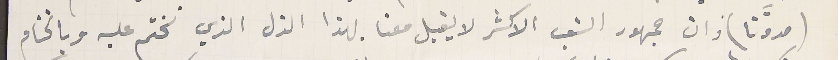
(مدوَّنا) وان جمهور الشعب الاكثر لا يقبل معنا بهذا الذل الذي نختم عليه وبالختام